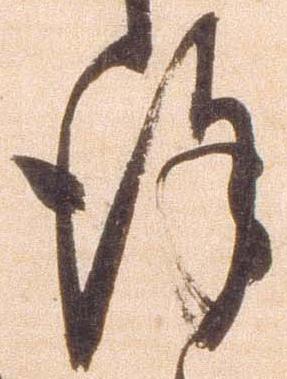
謹